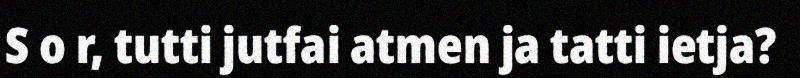
S o r, tutti jutfai atmen ja tatti ietja?